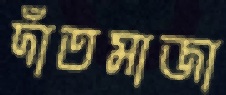
দাঁতমাজা